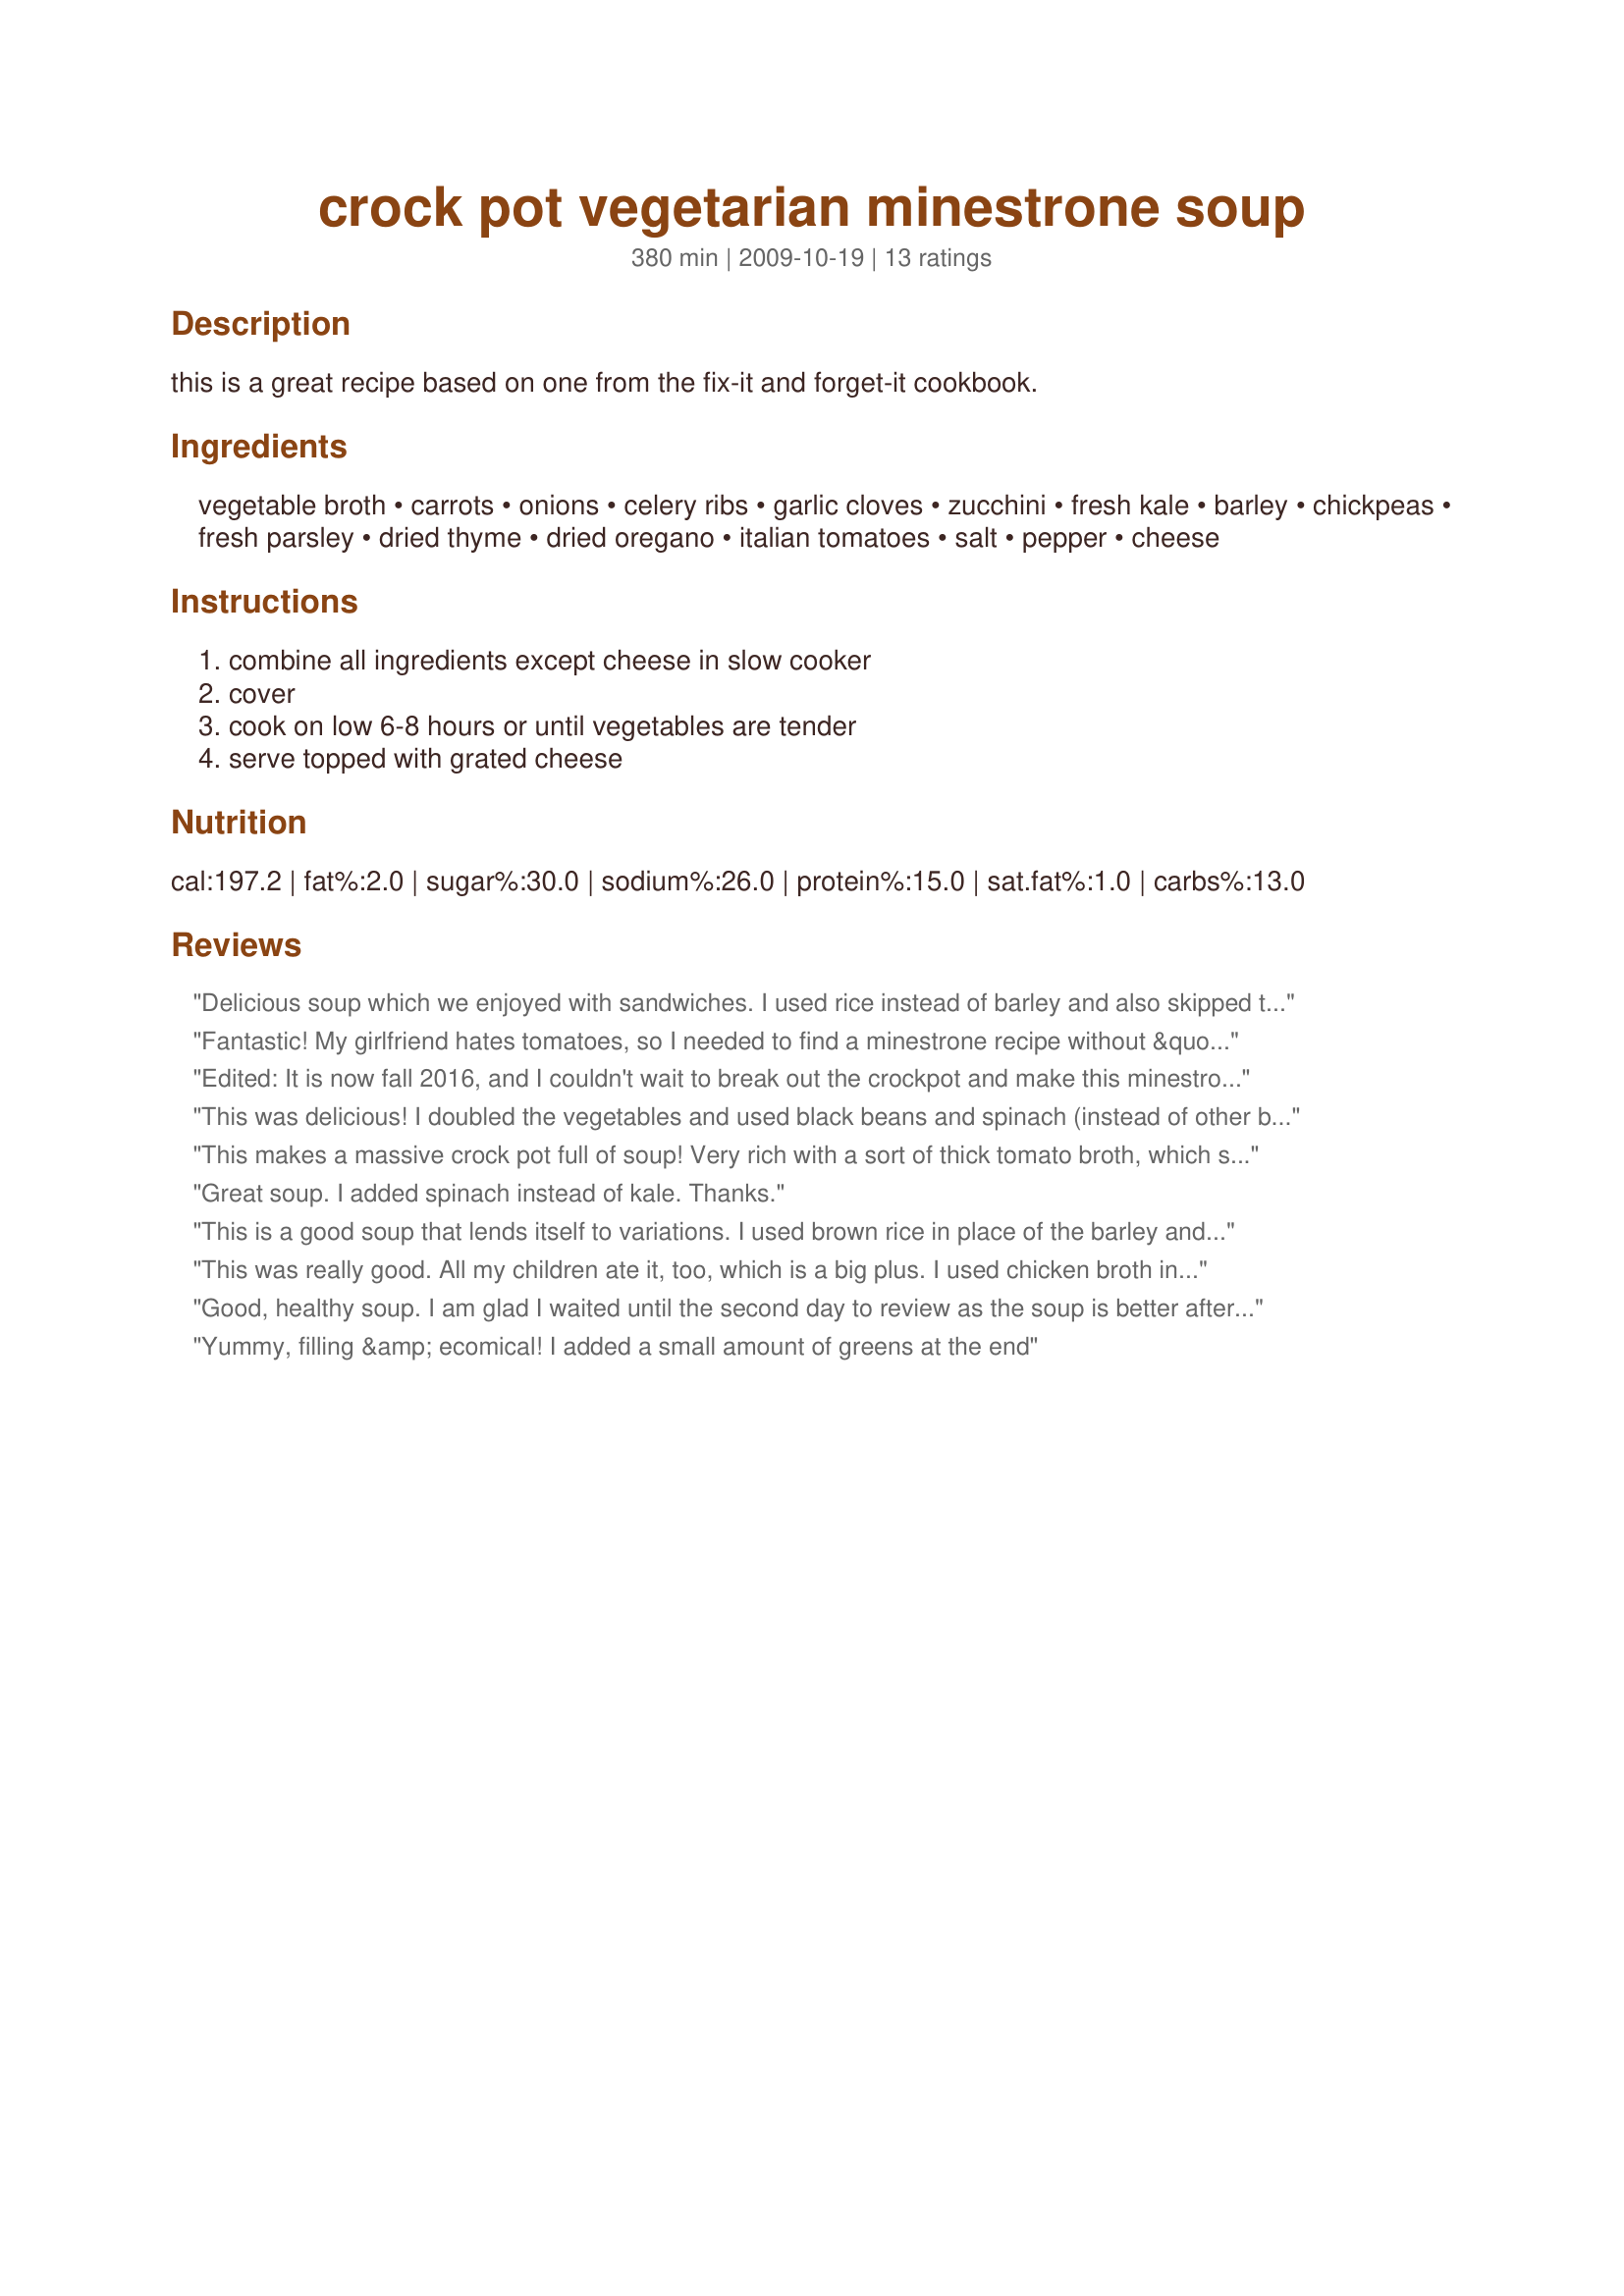
crock pot vegetarian minestrone soup
Preparation time: 380 minutes

this is a great recipe based on one from the fix-it and forget-it cookbook.

Ingredients:
vegetable broth, carrots, onions, celery ribs, garlic cloves, zucchini, fresh kale, barley, chickpeas, fresh parsley, dried thyme, dried oregano, italian tomatoes, salt, pepper, cheese

Steps:
combine all ingredients except cheese in slow cooker, cover, cook on low 6-8 hours or until vegetables are tender, serve topped with grated cheese

Reviews:
Delicious soup which we enjoyed with sandwiches. I used rice instead of barley and also skipped the parsley and the grated cheese. Made for vegi swap Jan '10. Thanks for sharing!
Fantastic! My girlfriend hates tomatoes, so I needed to find a minestrone recipe without &quot;chunks&quot; - and this was perfect. I was surprised by how flavorful it was with so few spices added. I had it on low for 6 hours but the veggies weren&#039;t quite soft and the barley was still hard, so I put it on high for an extra hour or so and that helped.
Edited: It is now fall 2016, and I couldn't wait to break out the crockpot and make this minestrone! I'm going on three years and I'm still making this as soon as it gets cold - and every Sunday all season long. Such a great recipe! ______ I make this every other week, occasionally modifying it here and there. This week I added a summer squash, for example, and a whole bunch of extra kale. When I don't have barley, I've used farro, pearled couscous or whatever other grain-type I have in the cabinet. I also love spices, so I go super-heavy on the italian spices - basil, thyme, oregano, parsley, etc. I've been doing this for months and have yet to tire of it! It makes about 8 2 cup servings. I portion them and stick them in the freezer. It is healthy, hearty and perfect for lunches!
This was delicious! I doubled the vegetables and used black beans and spinach (instead of other beans and kale). I didn't add any barley and it was still great.
This makes a massive crock pot full of soup! Very rich with a sort of thick tomato broth, which seemed to please the children. Hearty, tasty and ridiculously easy. Very enjoyable and I look forward to the leftovers tomorrow. (At least enough for 2 meals for our family of 4). I added everything in the order listed, exactly as written (touch more garlic). I'd suggest doing the broth last because I'm not joking about it 'just' fitting my crock pot... :) Thanks Mersay, great recipe! (Veg Swap Jan10)
Great soup. I added spinach instead of kale.
Thanks.
This is a good soup that lends itself to variations. I used brown rice in place of the barley and added more broth.
This was really good. All my children ate it, too, which is a big plus. I used chicken broth instead of vegetable broth and added some fresh chopped basil since I didn't have italian tomatoes. I will be making again.
Good, healthy soup. I am glad I waited until the second day to review as the soup is better after sitting in the fridge for a day. Although it would no longer be vegetarian, I think it would be better with chicken broth. Today I added in some broken up spaghetti when I reheated it. I thought it improved it without being a huge calorie increase. The barley is wonderful and it could go to 3/4 cup easily. Thanks for sharing your recipe.
Yummy, filling &amp; ecomical! I added a small amount of greens at the end
LOVE IT!!! Love minestrone in general, but I applaud the use of barley which ups the health factor greatly from the commonly used pasta. The barley also makes this soup thick and rich, stick to your ribs, perfect as a main course for a meal. The only change I made was to add a bunch of seasoning salt in the end. I made this yesterday and put it in the fridge for the flavors to marry and it is MUCH better on day 2!!! Serve with some crusty bread and it's a done deal. Thanks for sharing!!!
Wonderful recipe! Makes for a hearty, flavorful, rich and healthy soup. Filled even our largest crock pot TO THE RIM. :)<br/><br/>Made a few modifications, mostly additions: 1/2 cup frozen cut green beans, diced 1/2 red pepper, only used 1 onion (should have diced it), and used a mix of beans - 1 cup red kidney, 1/2 cup garbonzo, 2 cups white beans, 1 can of diced red tomatoes.<br/><br/>Also added a generous splash of soy sauce at the end and blended to give it a creamier/thicker consistency. Spiced to taste.<br/><br/>Will be freezing a bunch of this to eat for weeks!
Made this for company the other day & this was a WONDERFULLY TASTY addition to the vegetarian dinner we had! The only minor changes I made were to use lemon pepper instead of the usual S&P, & to have grated cheese on the side as optional! The next time I make it, however, I'll definitely do so the day before serving, 'cause, as in JanuaryBride's review, I thought it much more flavorful the next day! Thanks for the great recipe keeper! [Tagged, made & reviewed as a recipenap in the Vegetarian/Vegan Recipe Swap 16]
